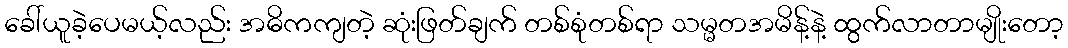
ခေါ်ယူခဲ့ပေမယ့်လည်း အဓိကကျတဲ့ ဆုံးဖြတ်ချက် တစ်စုံတစ်ရာ သမ္မတအမိန့်နဲ့ ထွက်လာတာမျိုးတော့